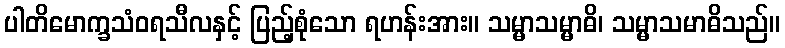
ပါတိမောက္ခသံဝရသီလနှင့် ပြည့်စုံသော ရဟန်းအား။ သမ္မာသမ္မာဓိ၊ သမ္မာသမာဓိသည်။